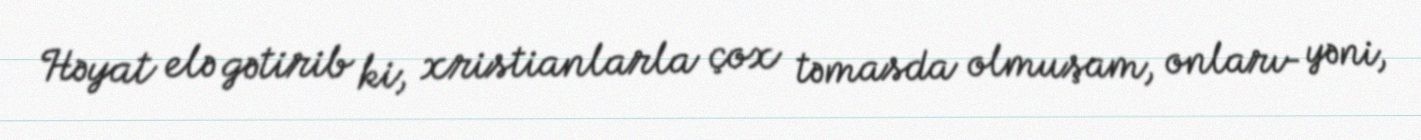
Həyat elə gətirib ki, xristianlarla çox təmasda olmuşam, onları- yəni,